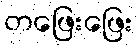
တဖြေးဖြေး